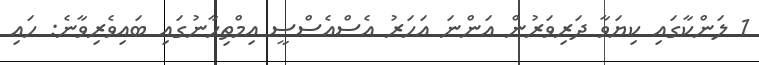
1 ލަންކާގައި ކިޔަވާ ދަރިވަރުން އަންނަ އަަހަރު އެސްއެސްސީ އިމްތިހާނުގައި ބައިވެރިވާނެ: ހައި